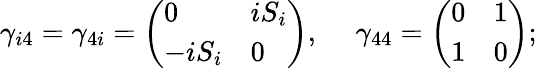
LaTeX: \gamma_{i4}=\gamma_{4i}=\left(\begin{array}{ll}{{0}}&{{iS_{i}}}\\ {{-iS_{i}}}&{{0}}\end{array}\right),\ \ \ \ \ \gamma_{44}=\left(\begin{array}{ll}{{0}}&{{1}}\\ {{1}}&{{0}}\end{array}\right);